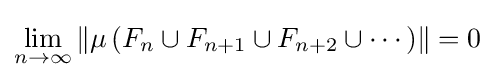
\lim _{n\to \infty }\left\|\mu \left(F_{n}\cup F_{n+1}\cup F_{n+2}\cup \cdots \right)\right\|=0